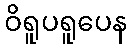
ဝိရူပရူပေန